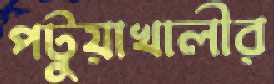
পটুয়াখালীর